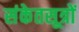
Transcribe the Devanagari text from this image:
संकेतसूत्रों